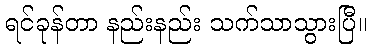
ရင်ခုန်တာ နည်းနည်း သက်သာသွားပြီ။